Cholera in southern India
Disease focus: Cholera
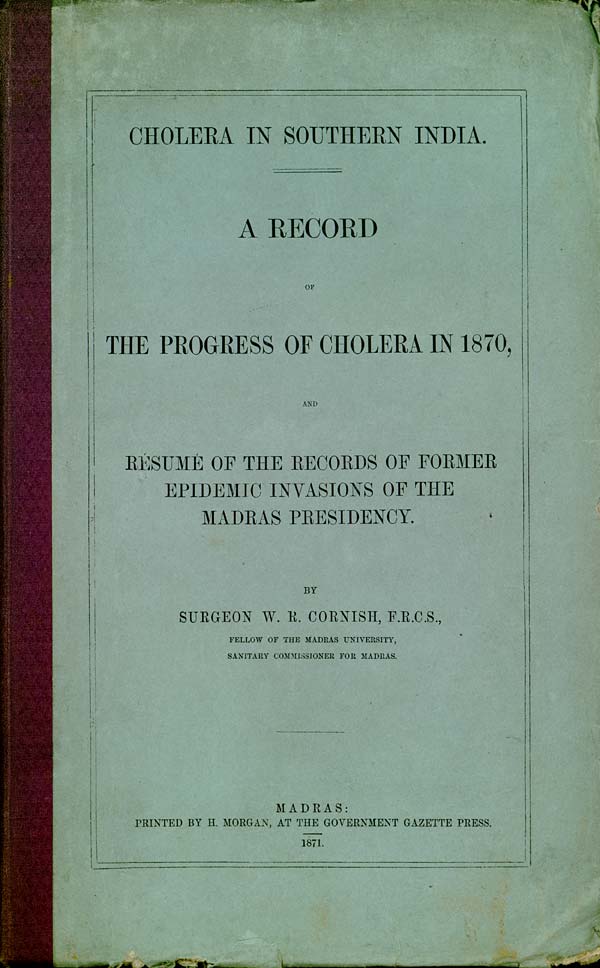
CHOLERA IN SOUTHERN INDIA.
A RECORD
OF
THE PROGRESS OF CHOLERA IN 1870,
AND
RÉSUMÉ OF THE RECORDS OF FORMER
EPIDEMIC INVASIONS OF THE
MADRAS PRESIDENCY.
BY
SURGEON W. R. CORNISH, F.R.C.S.,
FELLOW OF THE MADRAS UNIVERSITY,
SANITARY COMMISSIONER FOR MADRAS.
MADRAS:
PRINTED BY H. MORGAN, AT THE GOVERNMENT GAZETTE PRESS.
1871.